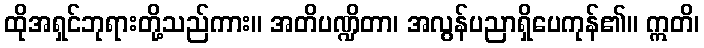
ထိုအရှင်ဘုရားတို့သည်ကား။ အတိပဏ္ဍိတာ၊ အလွန်ပညာရှိပေကုန်၏။ ဣတိ၊